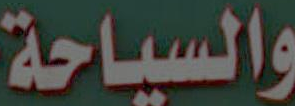
والسياحة